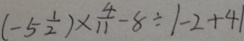
( - 5 \frac { 1 } { 2 } ) \times \frac { 4 } { 1 1 } - 8 \div 1 - 2 + 4 1